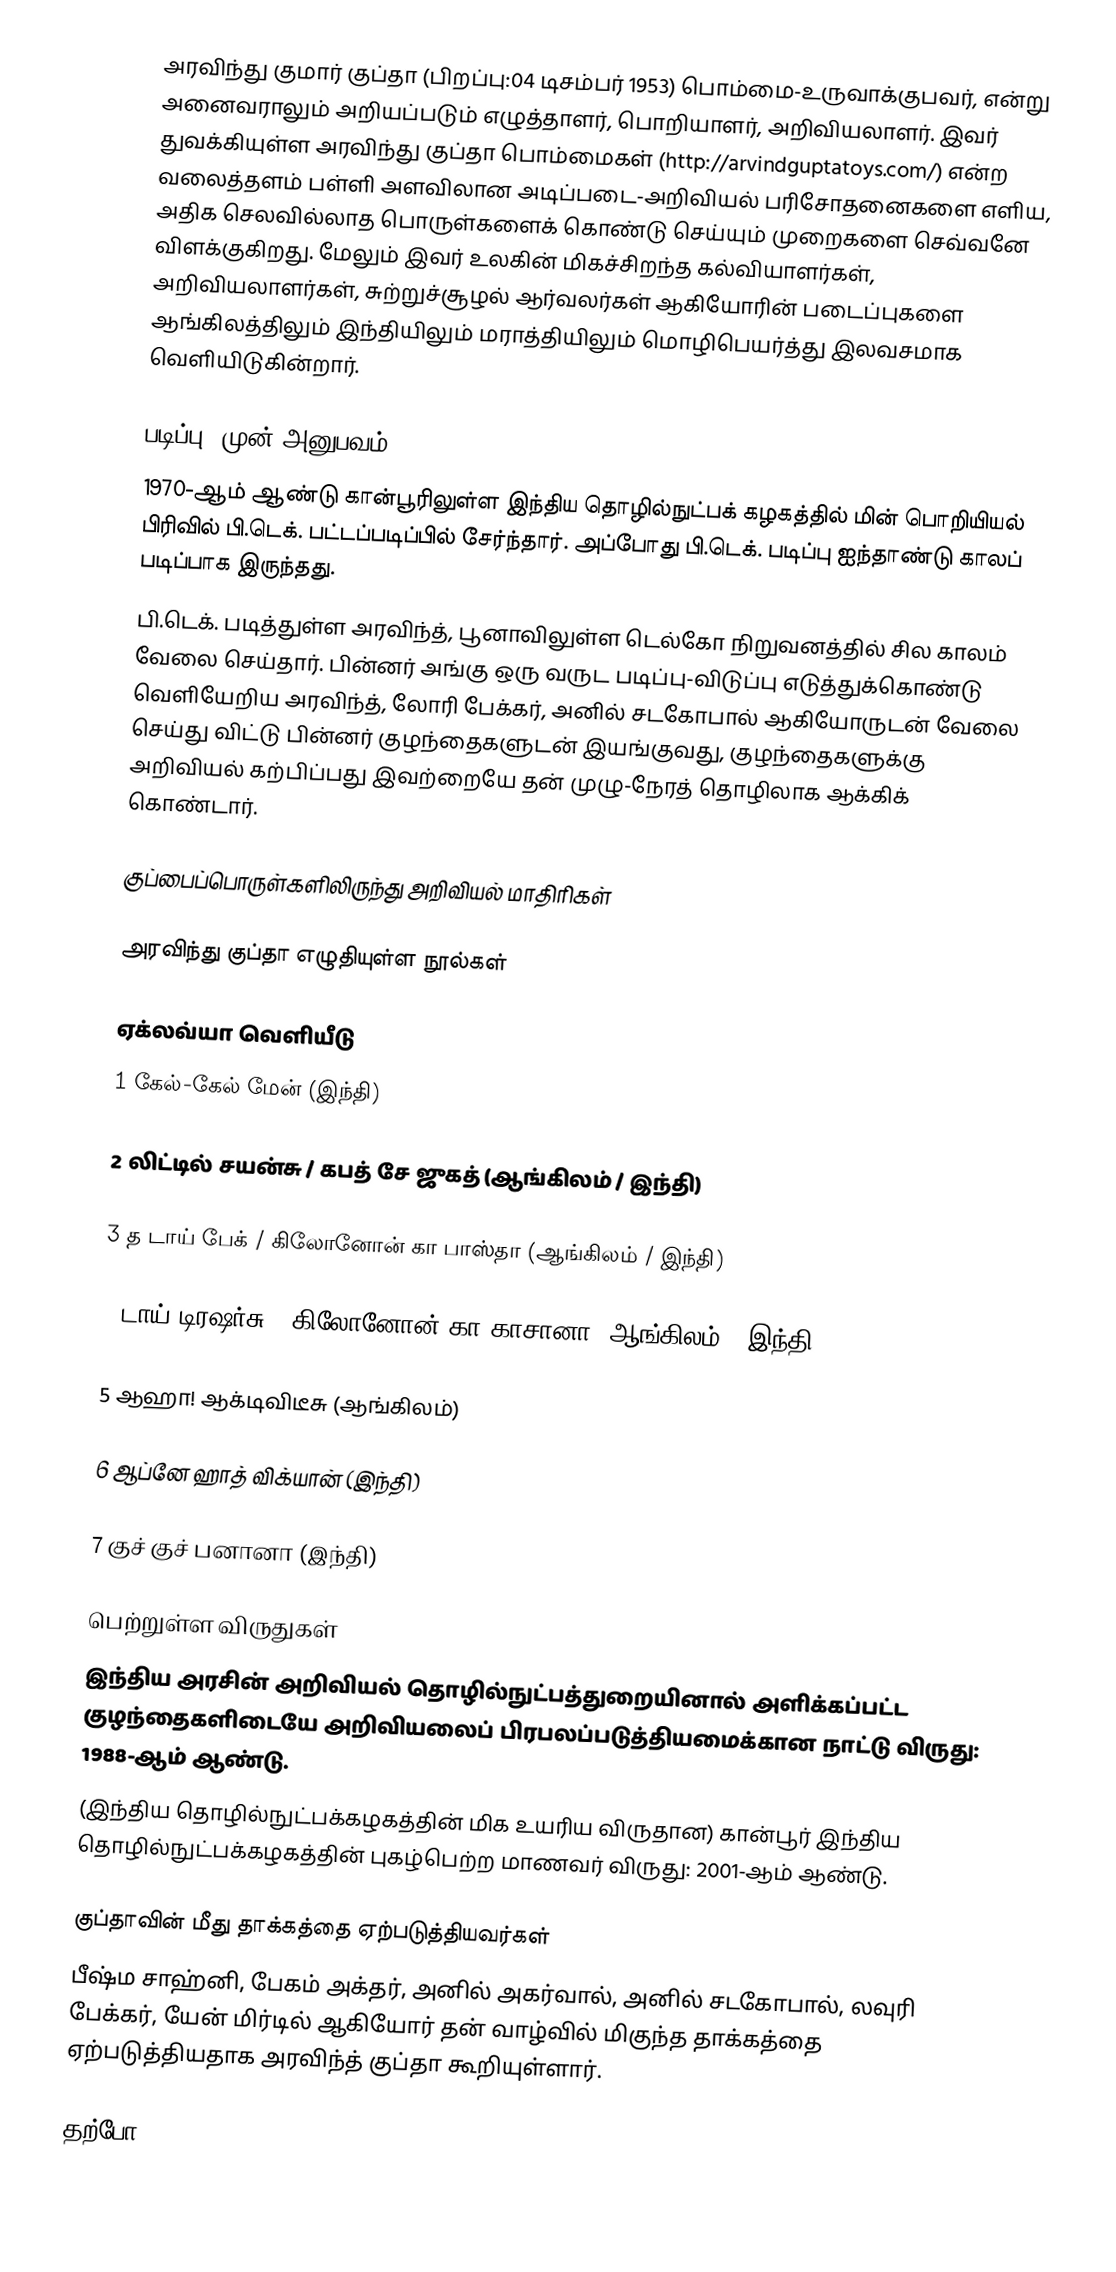
அரவிந்து குமார் குப்தா (பிறப்பு:04 டிசம்பர் 1953) பொம்மை-உருவாக்குபவர், என்று அனைவராலும் அறியப்படும் எழுத்தாளர், பொறியாளர், அறிவியலாளர். இவர் துவக்கியுள்ள அரவிந்து குப்தா பொம்மைகள் (http://arvindguptatoys.com/) என்ற வலைத்தளம் பள்ளி அளவிலான அடிப்படை-அறிவியல் பரிசோதனைகளை எளிய, அதிக செலவில்லாத பொருள்களைக் கொண்டு செய்யும் முறைகளை செவ்வனே விளக்குகிறது. மேலும் இவர் உலகின் மிகச்சிறந்த கல்வியாளர்கள், அறிவியலாளர்கள், சுற்றுச்சூழல் ஆர்வலர்கள் ஆகியோரின் படைப்புகளை ஆங்கிலத்திலும் இந்தியிலும் மராத்தியிலும் மொழிபெயர்த்து இலவசமாக வெளியிடுகின்றார்.

படிப்பு, முன் அனுபவம்
1970-ஆம் ஆண்டு கான்பூரிலுள்ள இந்திய தொழில்நுட்பக் கழகத்தில் மின் பொறியியல் பிரிவில் பி.டெக். பட்டப்படிப்பில் சேர்ந்தார். அப்போது பி.டெக். படிப்பு ஐந்தாண்டு காலப் படிப்பாக இருந்தது.
பி.டெக். படித்துள்ள அரவிந்த், பூனாவிலுள்ள டெல்கோ நிறுவனத்தில் சில காலம் வேலை செய்தார். பின்னர் அங்கு ஒரு வருட படிப்பு-விடுப்பு எடுத்துக்கொண்டு வெளியேறிய அரவிந்த், லோரி பேக்கர், அனில் சடகோபால் ஆகியோருடன் வேலை செய்து விட்டு பின்னர் குழந்தைகளுடன் இயங்குவது, குழந்தைகளுக்கு அறிவியல் கற்பிப்பது இவற்றையே தன் முழு-நேரத் தொழிலாக ஆக்கிக் கொண்டார்.

குப்பைப்பொருள்களிலிருந்து அறிவியல் மாதிரிகள்

அரவிந்து குப்தா எழுதியுள்ள நூல்கள்

ஏக்லவ்யா வெளியீடு
 1   கேல்-கேல் மேன் (இந்தி)

 2   லிட்டில் சயன்சு / கபத் சே ஜுகத் (ஆங்கிலம் / இந்தி)

 3   த டாய் பேக் / கிலோனோன் கா பாஸ்தா (ஆங்கிலம் / இந்தி)

 4   டாய் டிரஷர்சு / கிலோனோன் கா காசானா (ஆங்கிலம் / இந்தி)

 5  ஆஹா! ஆக்டிவிடீசு (ஆங்கிலம்)

 6  ஆப்னே ஹாத் விக்யான் (இந்தி)

 7  குச் குச் பனானா (இந்தி)

பெற்றுள்ள விருதுகள்
 இந்திய அரசின் அறிவியல் தொழில்நுட்பத்துறையினால் அளிக்கப்பட்ட குழந்தைகளிடையே அறிவியலைப் பிரபலப்படுத்தியமைக்கான நாட்டு விருது: 1988-ஆம் ஆண்டு.
 (இந்திய தொழில்நுட்பக்கழகத்தின் மிக உயரிய விருதான) கான்பூர் இந்திய தொழில்நுட்பக்கழகத்தின் புகழ்பெற்ற மாணவர் விருது: 2001-ஆம் ஆண்டு.

குப்தாவின் மீது தாக்கத்தை ஏற்படுத்தியவர்கள்
பீஷ்ம சாஹ்னி, பேகம் அக்தர், அனில் அகர்வால், அனில் சடகோபால், லவுரி பேக்கர், யேன் மிர்டில் ஆகியோர் தன் வாழ்வில் மிகுந்த தாக்கத்தை ஏற்படுத்தியதாக அரவிந்த் குப்தா கூறியுள்ளார்.

தற்போ